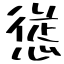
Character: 慫